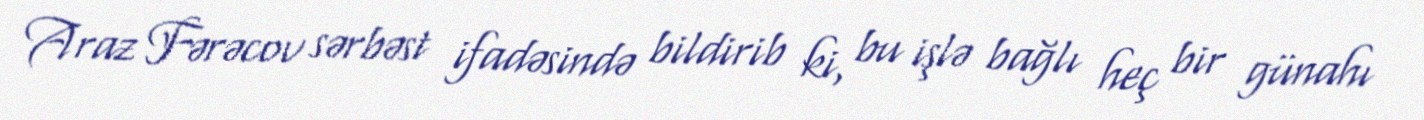
Araz Fərəcov sərbəst ifadəsində bildirib ki, bu işlə bağlı heç bir günahı